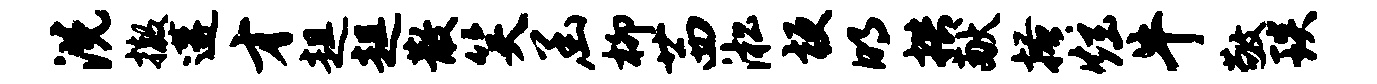
洗撤遘才趄趄散笑函柳茜淞梗明拱献搔炫牛敬琰